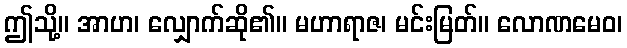
ဤသို့။ အာဟ၊ လျှောက်ဆို၏။ မဟာရာဇ၊ မင်းမြတ်။ လောဏမေဝ၊